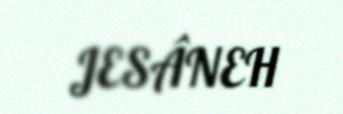
JESÂNEH